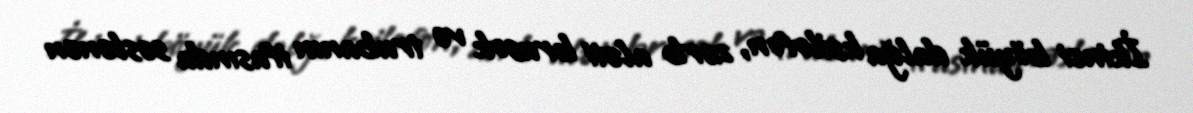
İkinci böyük dalğa ksilofon, zərb aləti brusok və trubanın ifasında səslənən